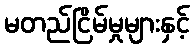
မတည်ငြိမ်မှုများနှင့်